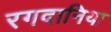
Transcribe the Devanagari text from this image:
रगदानिया